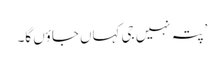
’پتہ نہیں جی کہاں جاؤں گا۔